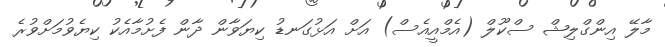
މާލޭ އިންގްލިޝް ސްކޫލް (އެމްއީއެސް) އަށް އަޅުގަނޑު ކިޔަވާން ދާން ފެށުމާއެކު ކިޔެވުމަށްވުރެ